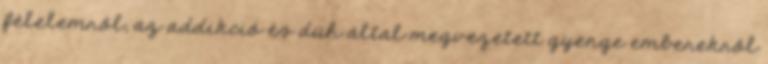
félelemről, az addikció és düh által megvezetett gyenge emberekről